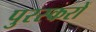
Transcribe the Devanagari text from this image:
पुरस्करों